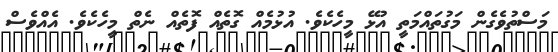
މަސްތުވެގެން މަގުތައްމަތީ އުޅޭ މީހެކެވެ. އުޅުމެއް ގޮތެއް ފޮތެއް ނެތް މީހެކެވެ. އެއްވެސް